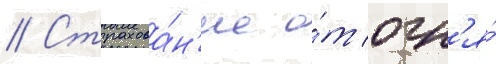
// Страхова́н'ие о́т огн'я́